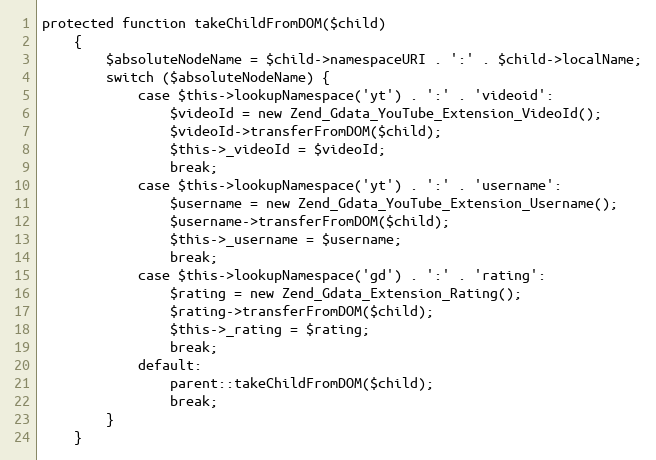
Language: PHP
protected function takeChildFromDOM($child)
    {
        $absoluteNodeName = $child->namespaceURI . ':' . $child->localName;
        switch ($absoluteNodeName) {
            case $this->lookupNamespace('yt') . ':' . 'videoid':
                $videoId = new Zend_Gdata_YouTube_Extension_VideoId();
                $videoId->transferFromDOM($child);
                $this->_videoId = $videoId;
                break;
            case $this->lookupNamespace('yt') . ':' . 'username':
                $username = new Zend_Gdata_YouTube_Extension_Username();
                $username->transferFromDOM($child);
                $this->_username = $username;
                break;
            case $this->lookupNamespace('gd') . ':' . 'rating':
                $rating = new Zend_Gdata_Extension_Rating();
                $rating->transferFromDOM($child);
                $this->_rating = $rating;
                break;
            default:
                parent::takeChildFromDOM($child);
                break;
        }
    }